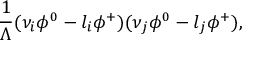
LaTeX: { \frac { 1 } { \Lambda } } ( \nu _ { i } \phi ^ { 0 } - l _ { i } \phi ^ { + } ) ( \nu _ { j } \phi ^ { 0 } - l _ { j } \phi ^ { + } ) ,